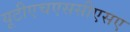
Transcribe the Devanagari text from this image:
यूटीएचएससीएसए